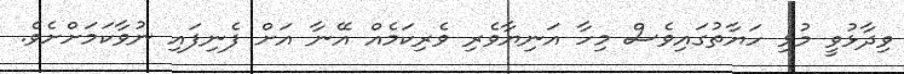
ވިދާޅުވީ މުޅި ހަޔާތުގައިވެސް މިހާ އަނިޔާވެރި ވެރިކަމެއް އޭނާ އަށް ފެނިފައި ނުވާކަމަށްށެވެ.